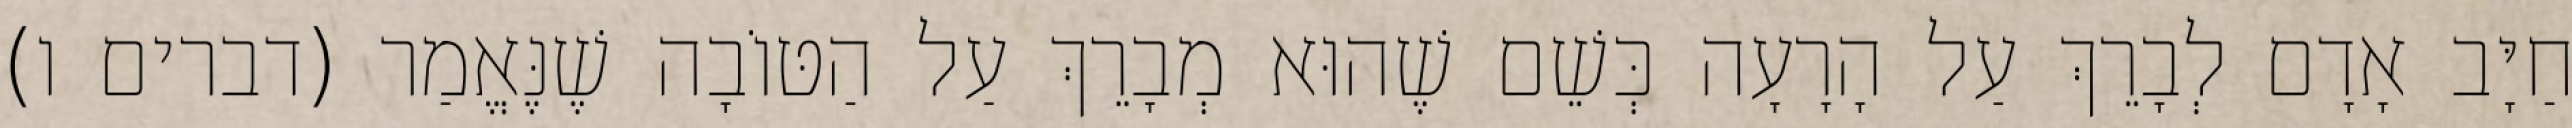
חַיָּב אָדָם לְבָרֵךְ עַל הָרָעָה כְּשֵׁם שֶׁהוּא מְבָרֵךְ עַל הַטּוֹבָה שֶׁנֶּאֱמַר (דברים ו)